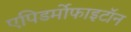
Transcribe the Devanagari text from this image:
एपिडर्मोफाइटॉन